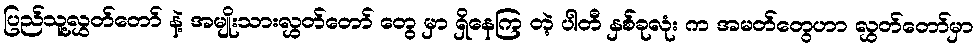
ပြည်သူ့လွှတ်တော် နဲ့ အမျိုးသားလွှတ်တော် တွေ မှာ ရှိနေကြ တဲ့ ပါတီ နှစ်ခုလုံး က အမတ်တွေဟာ လွှတ်တော်မှာ